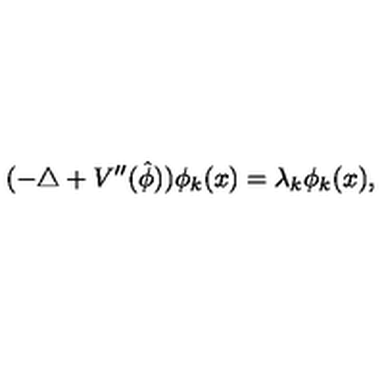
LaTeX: ( - \triangle + V ^ { \prime \prime } ( \hat { \phi } ) ) \phi _ { k } ( x ) = \lambda _ { k } \phi _ { k } ( x ) ,